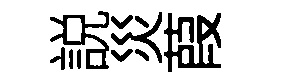
説災葭